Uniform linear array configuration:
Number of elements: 4
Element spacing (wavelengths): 0.75
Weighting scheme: exponential
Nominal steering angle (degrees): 0
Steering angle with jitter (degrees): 0.8354
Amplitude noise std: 0.05
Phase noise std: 0.05

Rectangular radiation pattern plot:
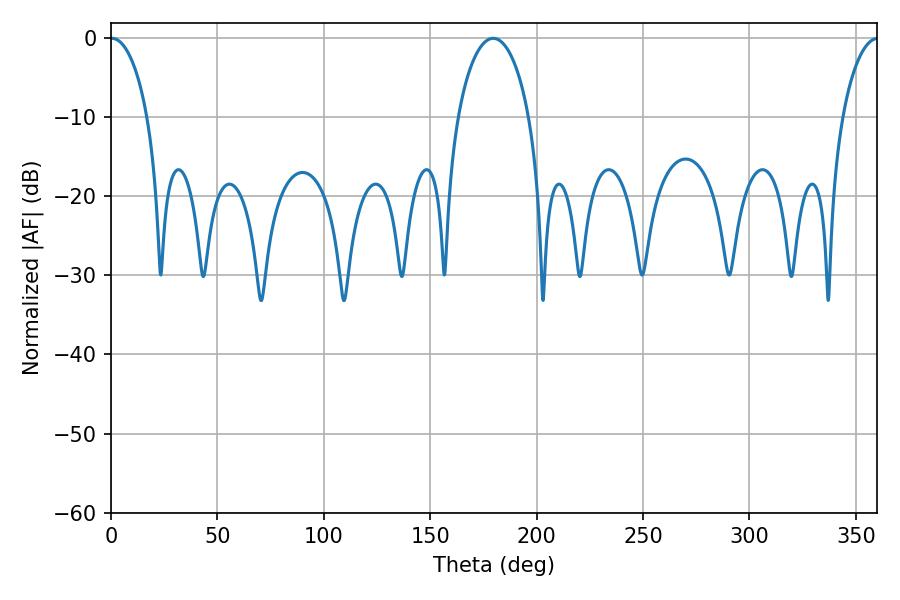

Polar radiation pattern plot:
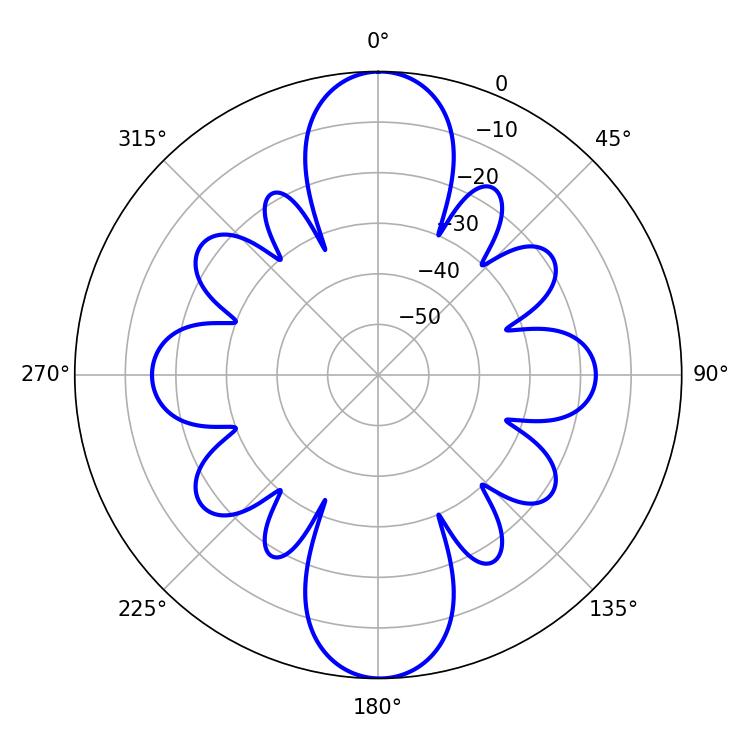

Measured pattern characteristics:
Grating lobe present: TRUE
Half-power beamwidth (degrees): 19.26
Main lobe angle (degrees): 179.64